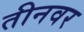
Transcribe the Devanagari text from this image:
तीनवर